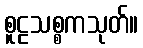
စူဠသစ္စကသုတ်။